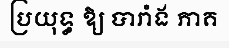
ប្រយុទ្ធ ឱ្យ បារាំង ភាគ